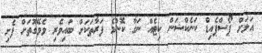
އަލަށް ޕޯސްޕެއިޑް ކަނެކްޝަން ކިޓެއް ނަގާ ކޮންމެ ފަރާތަކަށް ބައިވެރި ވެވޭގޮތަށް ފެށި